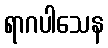
ရာဂပါသေန